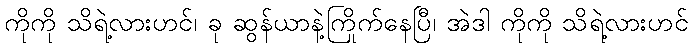
ကိုကို သိရဲ့လားဟင်၊ ခု ဆွန်ယာနဲ့ကြိုက်နေပြီ၊ အဲဒါ ကိုကို သိရဲ့လားဟင်